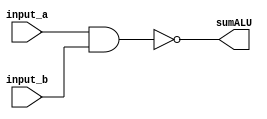
module ALUNand (
	input [31:0] input_a, input_b,
	output [31:0] sumALU,
	);
	
	reg [31:0] results;
	assign sumALU = results;
	
	
	always @(*)
	begin
		// Logical nand 
           results = ~(input_a & input_b);
       
	end
	
endmodule